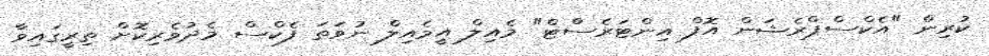
ކުރިން "އެކްސްޕްރެޝަން އޮފް އިންޓަރެސްޓް" މެއިލް އީމެއިލް ނުވަތަ ފެކްސް މެދުވެރިކޮށް ތިރީގައިވާ